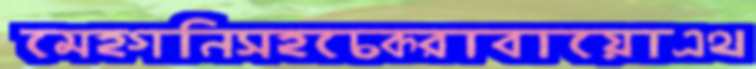
মেহগনিসহচেকরাবায়োএথ